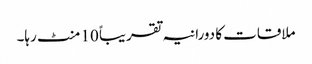
ملاقات کا دورانیہ تقریباً 10 منٹ رہا۔